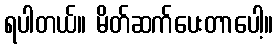
ရပါတယ်။ မိတ်ဆက်ပေးတာပေါ့။